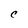
Character: C